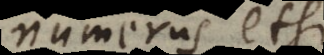
numerus etsi